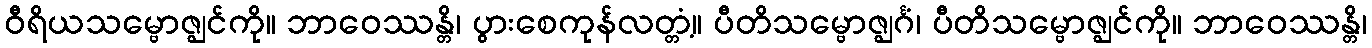
ဝီရိယသမ္ဗောဇ္ဈင်ကို။ ဘာဝေဿန္တိ၊ ပွားစေကုန်လတ္တံ့။ ပီတိသမ္ဗောဇ္ဈင်္ဂံ၊ ပီတိသမ္ဗောဇ္ဈင်ကို။ ဘာဝေဿန္တိ၊